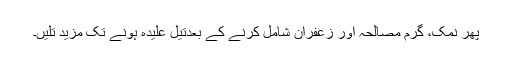
پھر نمک، گرم مصالحہ اور زعفران شامِل کرنے کے بعدتیل علیدہ ہونے تک مزید تلیں۔